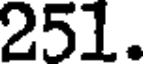
251.